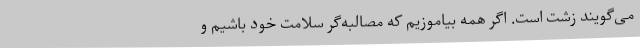
می‌گویند زشت است. اگر همه بیاموزیم که مصالبه‌گر سلامت خود باشیم و